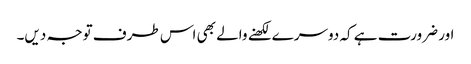
اور ضرورت ہے کہ دوسرے لکھنے والے بھی اس طرف توجہ دیں۔